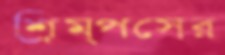
শ্রিম্পসের